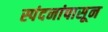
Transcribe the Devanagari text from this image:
स्पंदनांपासून